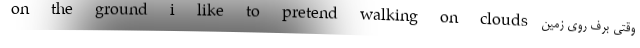
on the ground i like to pretend walking on clouds وقتی برف روی زمین